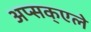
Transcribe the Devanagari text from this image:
अप्सक्एले